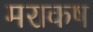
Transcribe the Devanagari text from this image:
मराकष